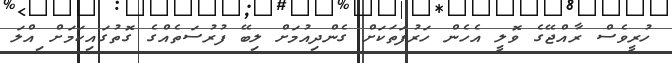
ހުރީވެސް ރާއްޖޭގެ ވޮލީ އެހެން ހަރުފަތަކަށް ގެންދިއުމަށް ލިބޭ ފުރުސަތެއްގެ ގޮތުގައިކަމަށް ިއްލަ